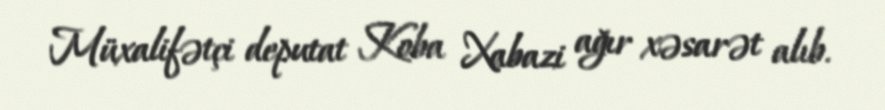
Müxalifətçi deputat Koba Xabazi ağır xəsarət alıb.